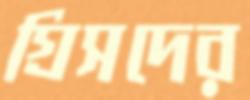
গ্রিসদের